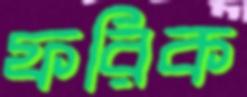
ফরিক